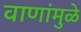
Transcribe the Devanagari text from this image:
वाणांमुळे